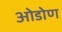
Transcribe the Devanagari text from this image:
ओडोण